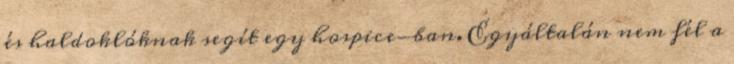
és haldoklóknak segít egy hospice-ban. Egyáltalán nem fél a